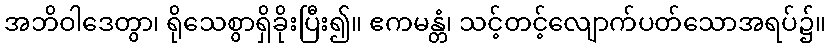
အဘိဝါဒေတွာ၊ ရိုသေစွာရှိခိုးပြီး၍။ ဧကမန္တံ၊ သင့်တင့်လျောက်ပတ်သောအရပ်၌။